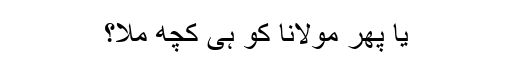
یا پھر مولانا کو ہی کچھ ملا؟